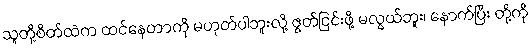
သူတို့စိတ်ထဲက ထင်နေတာကို မဟုတ်ပါဘူးလို့ ဇွတ်ငြင်းဖို့ မလွယ်ဘူး၊ နောက်ပြီး တို့ကို